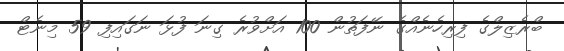
ބްރެޒިލްގެ ފިރިހެނެއްގެ ނޭފަތުން 100 އަށްވުރެ ގިނަ ފުޅަ ނަގައިފި 59 މިނެޓް